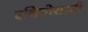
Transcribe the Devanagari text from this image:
इथियोसामी